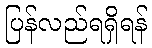
ပြန်လည်ရရှိရန်